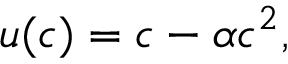
u ( c ) = c - \alpha c ^ { 2 } ,